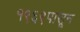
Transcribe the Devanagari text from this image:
१९६९पासून